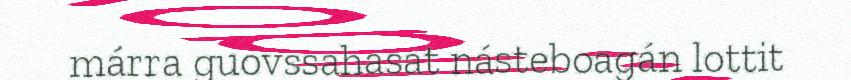
márra guovssahasat násteboagán lottit